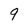
Character: 9